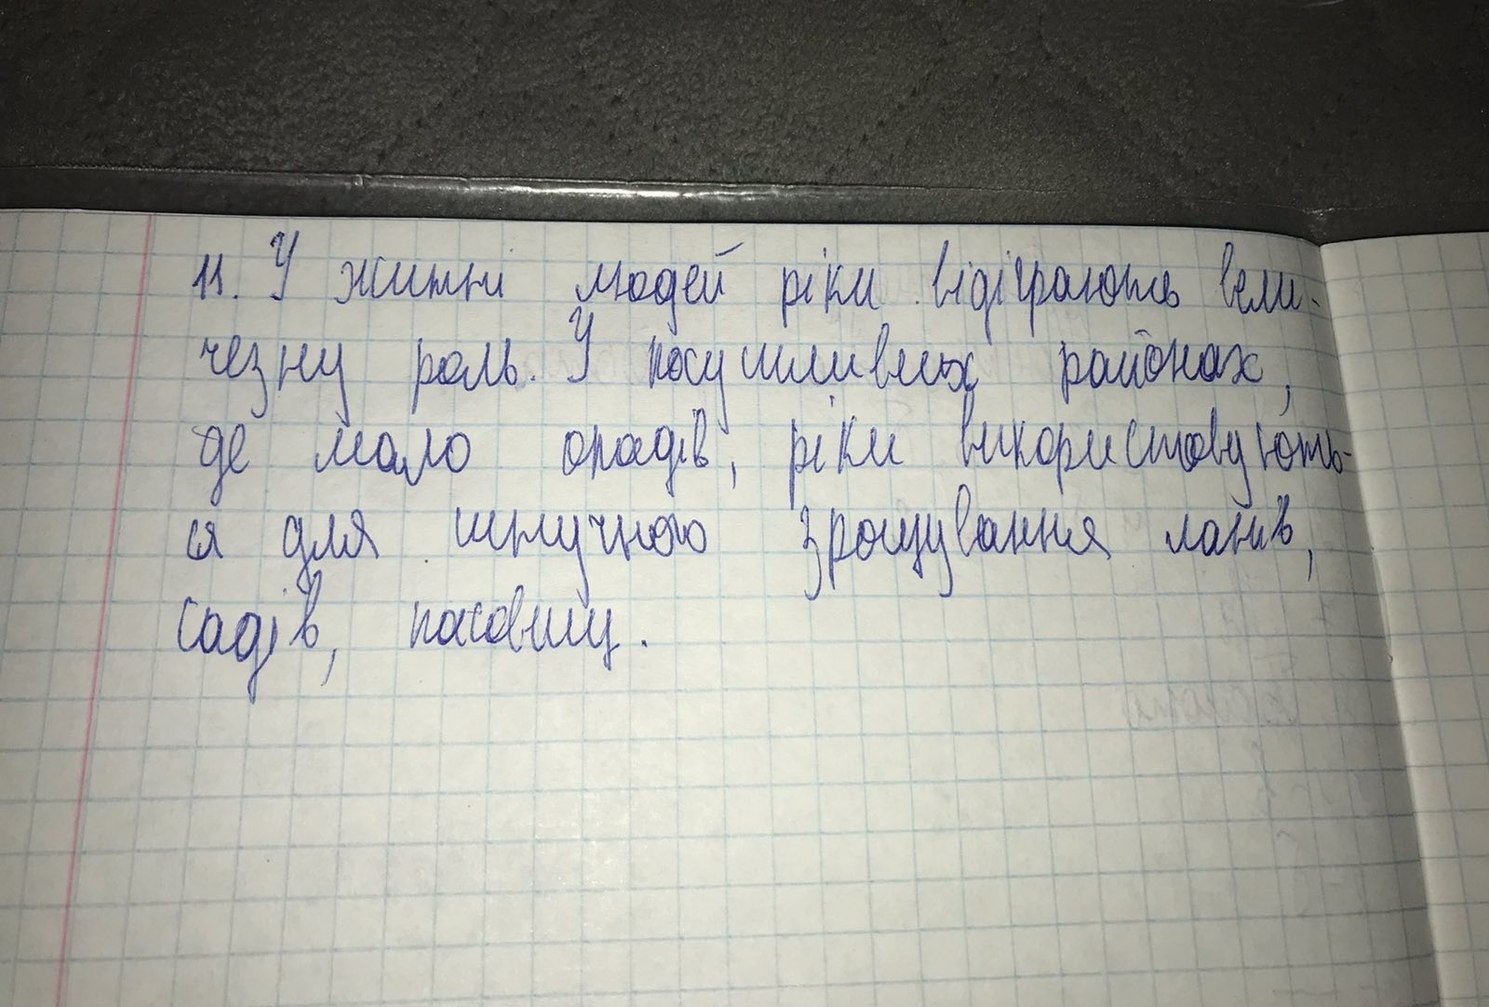
11. У житті людей ріки відіграють вели-
чезну роль. У посушливих районах,
де мало опадів, ріки використовують-
ся для штучного зрощування ланів,
садів, пасовищ.